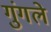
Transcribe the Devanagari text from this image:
गुंगले